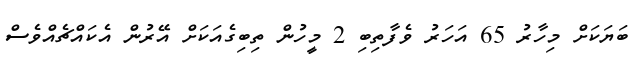
ބަޔަކަށް މިހާރު 65 އަހަރު ވެފާތިބި 2 މީހުން ތިބިގެއަކަށް އޭރުން އެކައްޗެއްވެސް